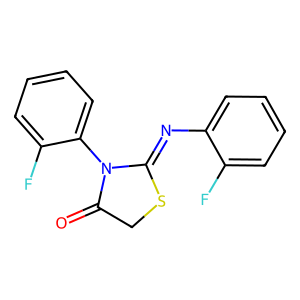
SMILES: O=C1CSC(=Nc2ccccc2F)N1c1ccccc1F
Inhibits HIV replication: No